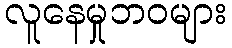
လူနေမှုဘဝများ